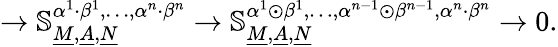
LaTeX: \to\mathbb{S}_{\underline{{M}},\underline{{A}},\underline{{N}}}^{\alpha^{1}\cdot\beta^{1},\dots,\alpha^{n}\cdot\beta^{n}}\to\mathbb{S}_{\underline{{M}},\underline{{A}},\underline{{N}}}^{\alpha^{1}\odot\beta^{1},\dots,\alpha^{n-1}\odot\beta^{n-1},\alpha^{n}\cdot\beta^{n}}\to 0.